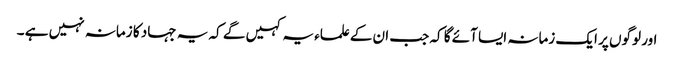
اور لوگوں پر ایک زمانہ ایسا آئے گا کہ جب ان کےعلماء یہ کہیں گے کہ یہ جہاد کا زمانہ نہیں ہے ۔